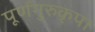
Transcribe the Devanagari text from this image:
पूर्णगुरुकृपा